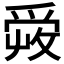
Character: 𤔠